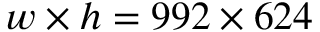
w \times h = 9 9 2 \times 6 2 4